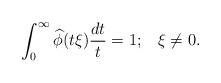
LaTeX: \begin{align*}\int_0^\infty \widehat{\phi}(t\xi)\frac{dt}{t}=1;\;\;\; \xi\neq 0.\end{align*}